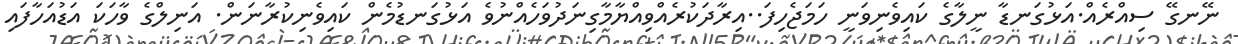
ނޭނގޭ ސިއްރެއް.އަޅުގަނޑާ ނީލާގެ ކައިވެނިވަނީ ހަމަޖެހިފަ..އިރާދަކުރެއްވިއްޔާމާގިނަދުވަހެއްނުވެ އަޅުގަނޑުމެން ކައިވެނިކުރާނަން. އަނިލްގެ ވާހަކަ އަޑުއަހާފައި